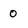
Character: 0